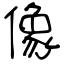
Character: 像